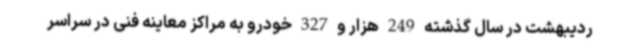
ردیبهشت در سال گذشته 249 هزار و 327 خودرو به مراکز معاینه فنی در سراسر